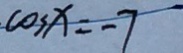
\cos x = - 7